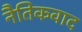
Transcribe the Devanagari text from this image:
नैतिकवाद